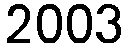
2003